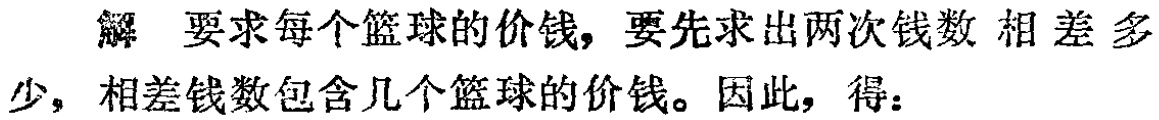
解 要求每个篮球的价钱，要先求出两次钱数 相差多少，相差钱数包含几个篮球的价钱。因此，得：